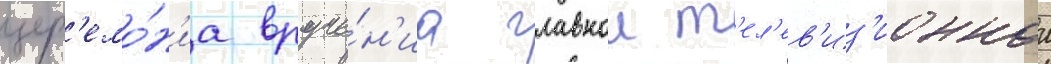
цер'емо́н'иа вруче́н'иа главнои т'ел'ев'из'ионнои